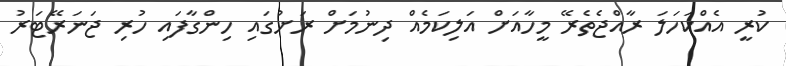
ކުރީ އެއްކަހަލަ ރާއްޖެތެރޭ މީހާއަށް އަލިކަމެއް ދިނުމަށް ރަށުގައި ހިންގާފައި ހުރި ޖަނަރޭޓަރު